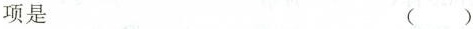
项是 ()